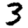
Digit: 3